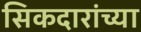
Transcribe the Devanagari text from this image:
सिकदारांच्या